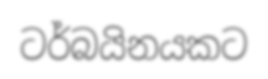
ටර්බයිනයකට